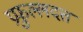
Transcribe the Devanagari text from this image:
प्रफुल्लदत्त